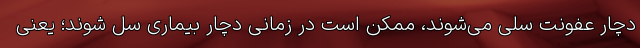
دچار عفونت سلی می‌شوند، ممکن است در زمانی دچار بیماری سل شوند؛ یعنی